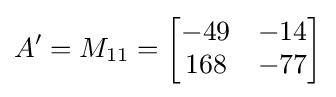
A'=M_{11}={\begin{bmatrix}-49&-14\\168&-77\end{bmatrix}}